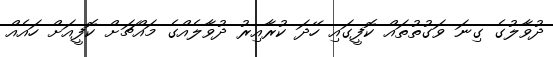
ދުވާލުގެ ގިނަ ވަގުތުތައް ކޮފީގައި ހޭދަ ކުރާއިރު ދުވާލެއްގެ މައްޗަށް ކޮފީއަށް ހައެއް